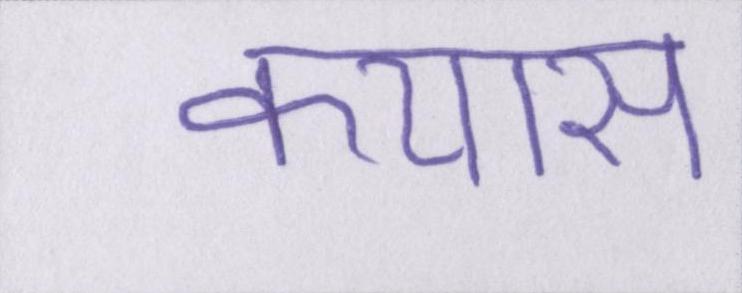
कयास